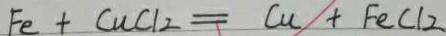
F e + C u C l _ { 2 } = C u + F e C l _ { 2 }